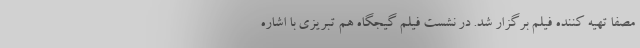
مصفا تهیه کننده فیلم برگزار شد. در نشست فیلم گیجگاه هم تبریزی با اشاره